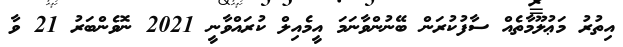
އިތުރު މަޢުލޫމާތެއް ސާފުކުރަން ބޭނުންވާނަމަ އީމެއިލް ކުރައްވާނީ 2021 ނޮވެންބަރު 21 ވާ